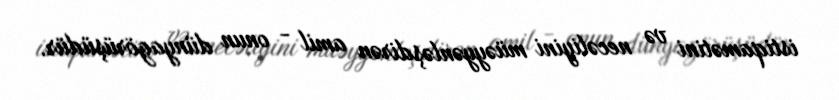
istiqamətini və necəliyini müəyyənləşdirən amil - onun dünyagörüşüdür.